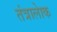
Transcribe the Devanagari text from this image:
तंत्रालेाक